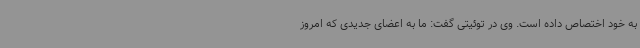
به خود اختصاص داده است. وی در توئیتی گفت: ما به اعضای جدیدی که امروز